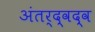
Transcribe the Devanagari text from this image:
अंतर्द्वद्व